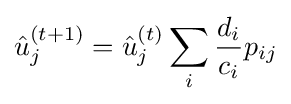
{\hat {u}}_{j}^{(t+1)}={\hat {u}}_{j}^{(t)}\sum _{i}{\frac {d_{i}}{c_{i}}}p_{ij}